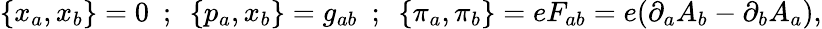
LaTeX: \{ x_{a},x_{b}\} =0~~;~~\{ p_{a},x_{b}\} =g_{ab}~~;~~\{ \pi_{a},\pi_{b}\} =eF_{ab}=e(\partial_{a}A_{b}-\partial_{b}A_{a}),